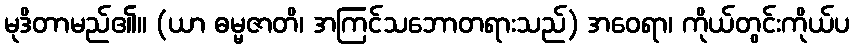
မုဒိတာမည်၏။ (ယာ ဓမ္မဇာတိ၊ အကြင်သဘောတရားသည်) အဝေရာ၊ ကိုယ်တွင်းကိုယ်ပ